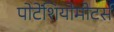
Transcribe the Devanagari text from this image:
पोटेंशियोमीटर्स